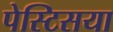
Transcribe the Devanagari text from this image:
पेस्टिसया